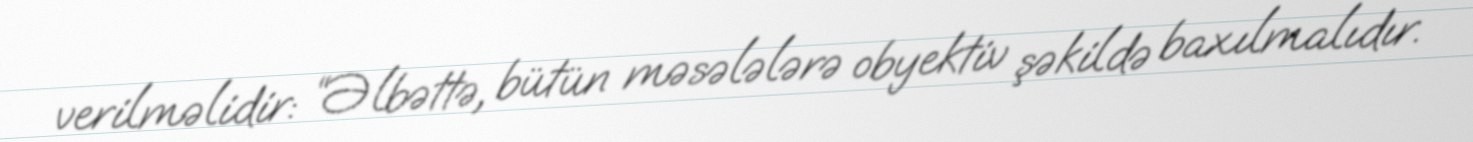
verilməlidir: “Əlbəttə, bütün məsələlərə obyektiv şəkildə baxılmalıdır.